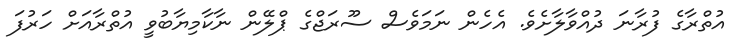
އުތްރާގެ ފުރާނަ ދުއްވާލާށެވެ. އެހެން ނަމަވެސް ސޫރަޖްގެ ޕްލޭން ނާކާމިޔާބުވީ އުތްރާއަށް ހަރުފަ